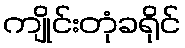
ကျိုင်းတုံခရိုင်